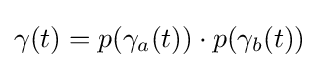
\gamma (t)=p(\gamma _{a}(t))\cdot p(\gamma _{b}(t))